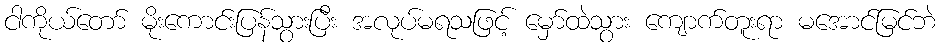
ငါကိုယ်တော် မိုးကောင်းပြန်သွားပြီး အလုပ်မရသဖြင့် မှော်ထဲသွား ကျောက်တူးရာ မအောင်မြင်ဘဲ